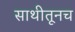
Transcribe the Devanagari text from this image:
साथीतूनच